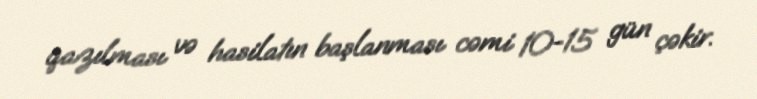
qazılması və hasilatın başlanması cəmi 10-15 gün çəkir.